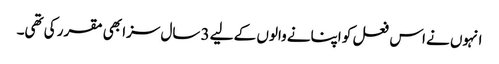
انہوں نے اس فعل کو اپنانے والوں کے لیے 3 سال سزا بھی مقرر کی تھی۔